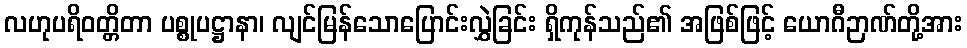
လဟုပရိဝတ္တိတာ ပစ္စုပဋ္ဌာနာ၊ လျင်မြန်သောပြောင်းလွှဲခြင်း ရှိကုန်သည်၏ အဖြစ်ဖြင့် ယောဂီဉာဏ်တို့အား